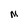
Character: M